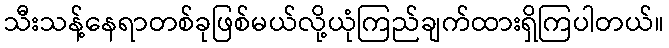
သီးသန့်နေရာတစ်ခုဖြစ်မယ်လို့ယုံကြည်ချက်ထားရှိကြပါတယ်။